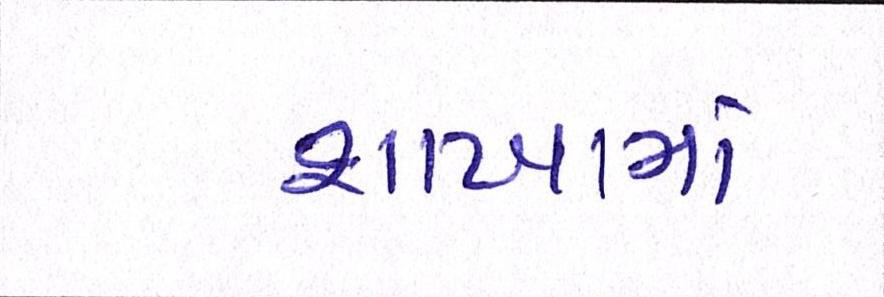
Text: શાખામાં